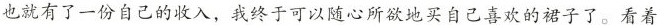
也就有了一份自己的收入，我终于可以随心所欲地买自己喜欢的裙子了。看着